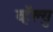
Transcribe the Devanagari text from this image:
व्हॅल्यु